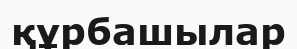
құрбашылар